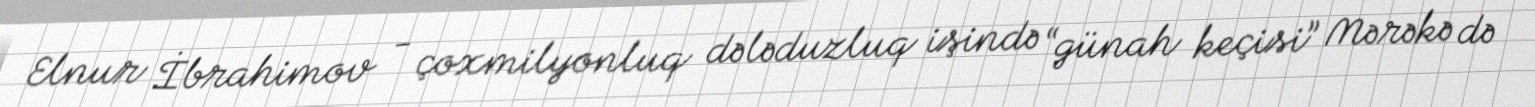
Elnur İbrahimov - çoxmilyonluq dələduzluq işində “günah keçisi” Mərəkə də